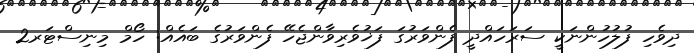
ދިވެހި ފުލުހުންނަކީ ސަރަހައްދީ ފެންވަރުގަ ފަޚުވެރިވާންޖެހޭ ފެންވަރުގެ ބައެއް: ހޯމް މިނިސްޓަރ2